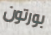
بورتون